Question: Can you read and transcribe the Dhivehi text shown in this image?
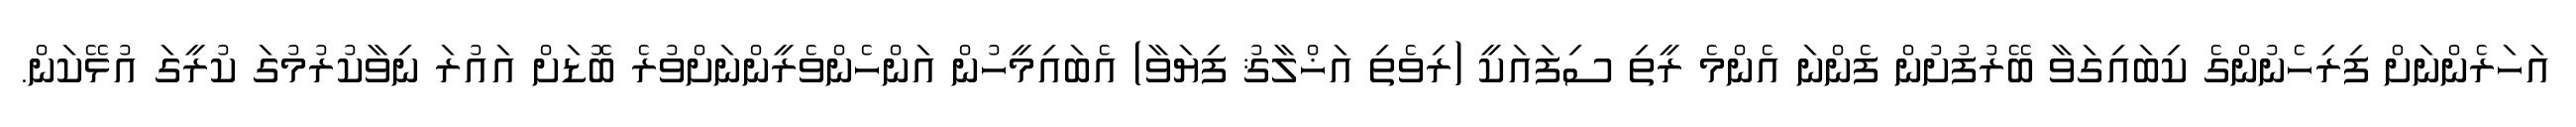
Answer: އަހަރެންނަށް ފިރިހެނުންގެ ކިބައިގަވާ ބޭރުފުށުން ފެންނަ އެންމެ ރީތި ސިފައަކީ (ރިވެތި އަޚްލާޤު ފިޔަވާ) އެބައިމީހުން އަންހެންވެރީންނަށްވުރެ ބޮޑަށް އައުރަ ނިވާކުރުމުގަ ކުރީގަ އުޅޭކަން.